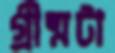
গ্রীষ্মটা